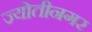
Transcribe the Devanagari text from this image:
ज्योतीनगर